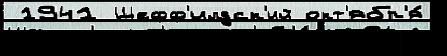
 1941 Шефф'илдск'ий окт'ябр'я́